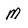
Character: M